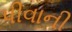
પીવાની